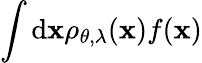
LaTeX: \int\mathrm{d}\mathbf{{x}}\rho_{\theta,\lambda}(\mathbf{{x}})f(\mathbf{{x}})